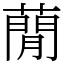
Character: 蕑